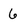
Character: 6